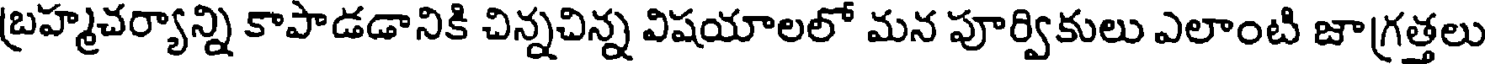
బ్రహ్మచర్యాన్ని కాపాడడానికి చిన్నచిన్న విషయాలలో మన పూర్వికులు ఎలాంటి జాగ్రత్తలు